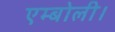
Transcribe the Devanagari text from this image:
एम्बोली।